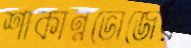
শাকান্নভোজের